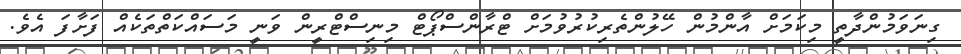
ގިނަވަމުންދާތީ މިކަމަށް އާންމުން ހޭލުންތެރިކުރުވުމަށް ޓްރާންސްޕޯޓް މިނިސްޓްރީން ވަނީ މަސައްކަތްތަކެއް ފަށާފަ އެެވެ.